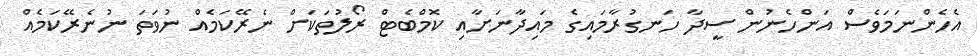
އެހެންނަމަވެސް އަންހެނުން ސީދާ ހަނގުރާމައިގެ މައިދާނަށާއި ކޮމްބެޓް ރޯލުތަކަށް ނެރޭކަމެއް ނުވަތަ ނުނެރޭކަމެއް